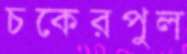
চকেরপুল